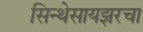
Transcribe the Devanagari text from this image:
सिन्थेसायझरचा